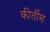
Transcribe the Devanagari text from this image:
कीर्तीस